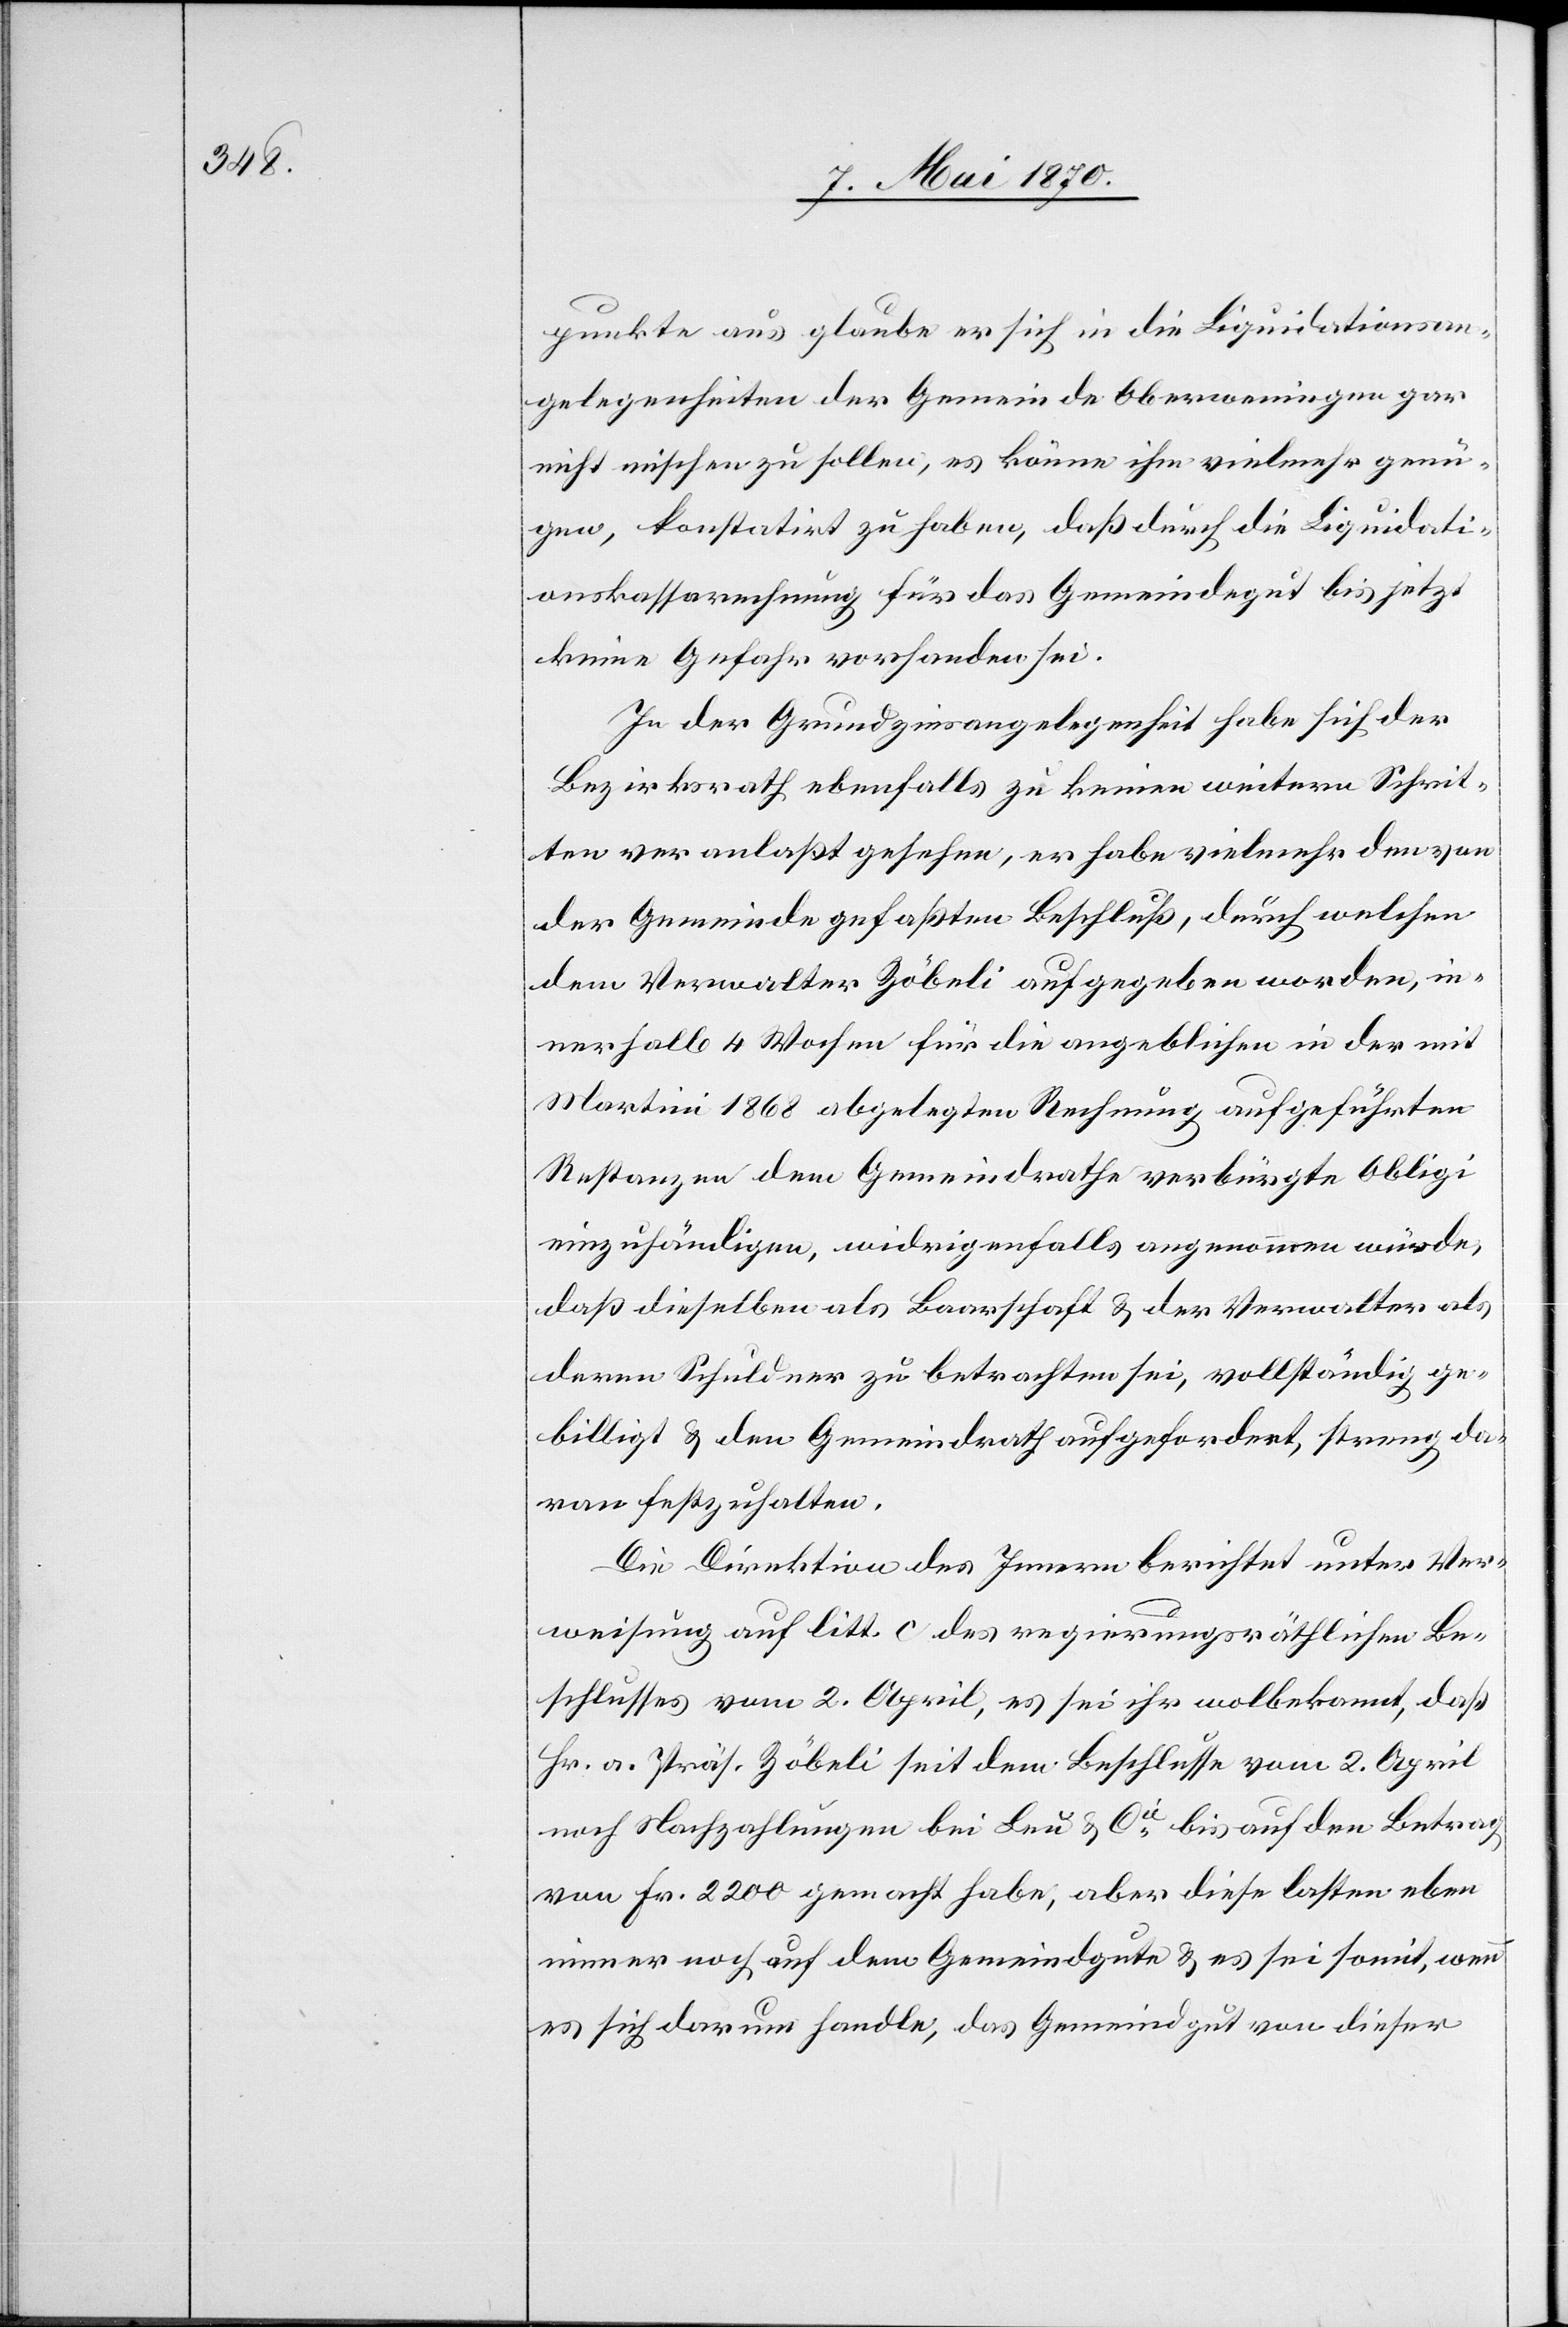
punkte aus glaube er sich in die Liquidationsan¬
gelegenheiten der Gemeinde Oberweningen gar
nicht mischen zu sollen, es könne ihm vielmehr genü¬
gen, konstatirt zu haben, daß durch die Liquidati¬
onskassarechnung für das Gemeindegut bis jetzt
keine Gefahr vorhanden sei.
In der Grundzinsangelegenheit habe sich der
Bezirksrath ebenfalls zu keinen weitern Schrit¬
ten veranlaßt gesehen, er habe vielmehr dem von
der Gemeinde gefaßten Beschluß, durch welchen
dem Verwalter Zöbeli aufgegeben worden, in¬
nerhalb 4 Wochen für die nageblichen in der mit
Martini 1868 abgelegten Rechnung aufgeführten
Restanzen dem Gemeindrathe verbürgte Obligi
einzuhändigen, widrigenfalls angenommen würde,
daß dieselben als Baarschaft & der Verwalter als
deren Schuldner zu betrachten sei, vollständig ge¬
billigt & den Gemeindrath aufgefordert, streng da¬
ran festzuhalten.
Die Direktion des Innern berichtet unter Ver¬
weisung auf litt. c. des regierungsräthlichen Be¬
schlusses vom 2. April, es sei ihr wolbekannt, daß
Hr. a. Präs. Zöbeli seit dem Beschlusse vom 2. April
noch Nachzahlungen bei Leu & Cie bis auf den Betrag
von Fr. 2200 gemacht habe, aber diese lasten eben
immer noch auf dem Gemeindgute & es sei somit, wenn
es sich darum handle, das Gemeindgut von dieser